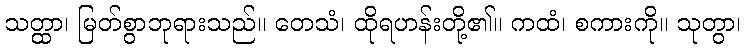
သတ္ထာ၊ မြတ်စွာဘုရားသည်။ တေသံ၊ ထိုရဟန်းတို့၏။ ကထံ၊ စကားကို။ သုတွာ၊